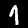
Label: 1